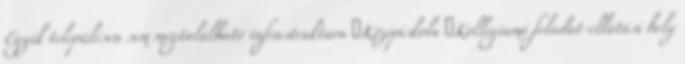
Egyik településen sem megtalálható infrastruktúra ▪Középiskola ▪Kollégiumi feladat-ellátási hely